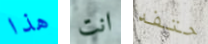
هذا انت حتفه